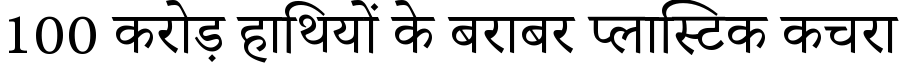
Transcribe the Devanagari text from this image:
100 करोड़ हाथियों के बराबर प्लास्टिक कचरा